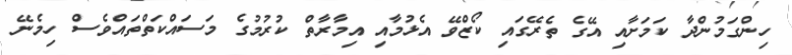
ހިންގަމުންދާ ކަމަށާއި އޭގެ ތެރޭގައި ކޯޒްވޭ އެޅުމާއި އިމާރާތް ކުރުމުގެ މަސައްކަތްތައްވެސް ހިމެނޭ